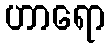
ဟာရော